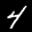
Label: 4